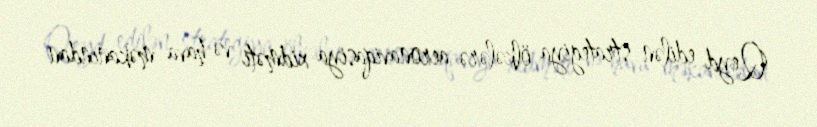
Qeyd edilən strategiya ölkələrə aeronaviqasiya xidməti və hava məkanından